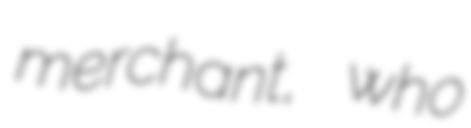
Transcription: merchant, who